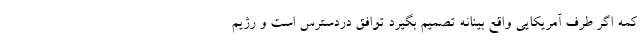
کمه اگر طرف آمریکایی واقع بینانه تصمیم بگیرد توافق دردسترس است و رژیم